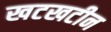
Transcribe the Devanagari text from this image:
खटखटीन